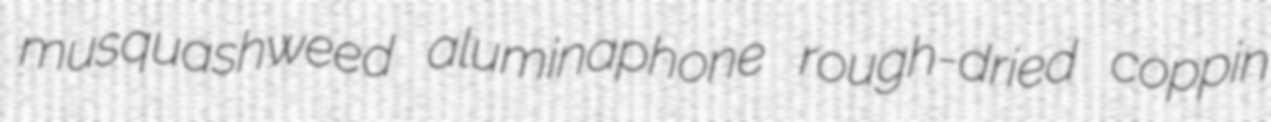
musquashweed aluminaphone rough-dried coppin